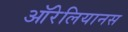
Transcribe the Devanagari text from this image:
ऑरेलियानस